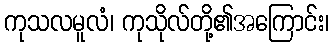
ကုသလမူလံ၊ ကုသိုလ်တို့၏အကြောင်း၊